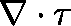
\nabla \cdot \mathbf { \tau }